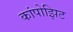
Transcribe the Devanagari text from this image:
कांपोझिट